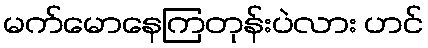
မက်မောနေကြတုန်းပဲလား ဟင်